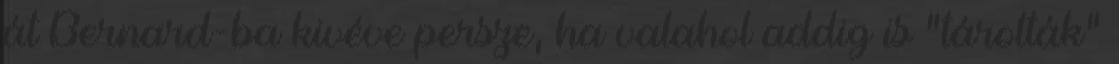
át Bernard-ba kivéve persze, ha valahol addig is “tárolták”